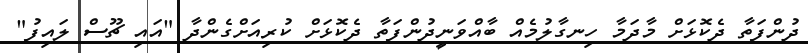
ދުންފަތާ ދެކޮޅަށް މާދަމާ ހިނގާލުމެއް ބާއްވަނީދުންފަތާ ދެކޮޅަށް ކުރިއަށްގެންދާ "އައި ޗޫސް ލައިފު"